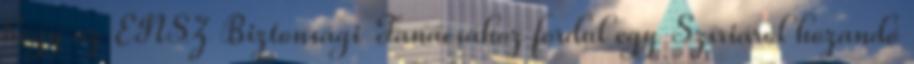
hogy az ENSZ Biztonsági Tanácsához fordul egy Szíriáról hozandó